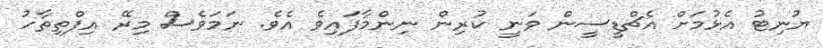
ޔުނިޓު އެޅުމަށް އެޗްޑީސީން ވަނީ ކުރިން ނިންމާފައިވެ އެވެ. ނަމަވެސް މިރޭ އިފްތިތާހު